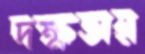
দক্ষতায়